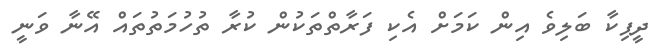
ދީޕިކާ ބަލިވެ އިން ކަމަށް އެކި ފަރާތްތަކުން ކުރާ ތުހުމަތުތައް އޭނާ ވަނީ